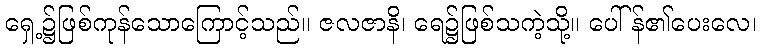
ရှေ့၌ဖြစ်ကုန်သောကြောင့်သည်။ ဇလဇာနိ၊ ရေ၌ဖြစ်သကဲ့သို့။ ပေါ်န်၏ပေးလေ၊